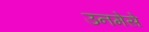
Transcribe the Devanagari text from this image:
उनमेसे